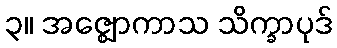
၃။ အဇ္ဈောကာသ သိက္ခာပုဒ်